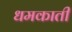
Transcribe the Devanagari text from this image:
धमकाती